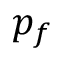
p _ { f }